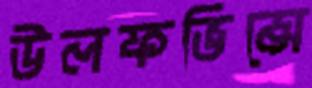
উলফভিন্সে